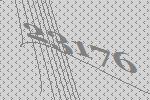
23176